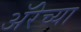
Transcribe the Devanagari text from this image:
ॲरेच्या